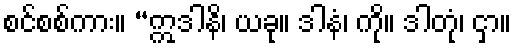
စင်စစ်ကား။ “ဣဒါနိ၊ ယခု။ ဒါနံ၊ ကို။ ဒါတုံ၊ ငှာ။